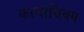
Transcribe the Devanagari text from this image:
कामाधिक्य